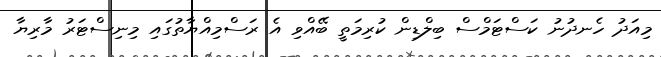
މިއަދު ހެނދުނު ކަސްޓަމްސް ބިލްޑިން ކުރިމަތީ ބޭއްވި އެ ރަސްމިއްޔާތުގައި މިނިސްޓަރު މާރިޔާ